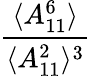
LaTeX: \frac{\langle A_{11}^{6}\rangle}{\langle A_{11}^{2}\rangle^{3}}